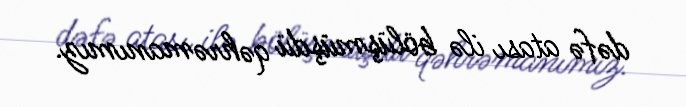
dəfə atası ilə bölüşmüşdü qəhrəmanımız.